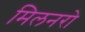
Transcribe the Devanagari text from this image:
मिलनरो